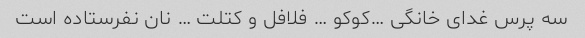
سه پرس غدای خانگی …کوکو … فلافل و کتلت … نان نفرستاده است